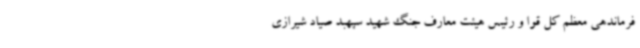
فرماندهی معظم کل قوا و رئیس هیئت معارف جنگ شهید سپهبد صیاد شیرازی